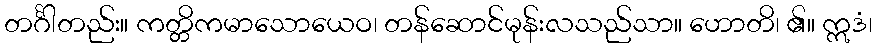
တင်္ဂါတည်း။ ကတ္တိကမာသောယေဝ၊ တန်ဆောင်မုန်းလသည်သာ။ ဟောတိ၊ ၏။ ဣဒံ၊